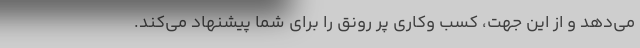
می‌دهد و از این جهت، کسب وکاری پر رونق را برای شما پیشنهاد می‌کند.